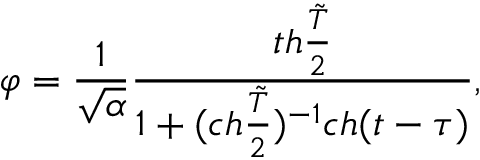
\varphi = { \frac { 1 } { \sqrt { \alpha } } } { \frac { t h { \frac { \tilde { T } } { 2 } } } { 1 + ( c h { \frac { \tilde { T } } { 2 } } ) ^ { - 1 } c h ( t - \tau ) } } ,